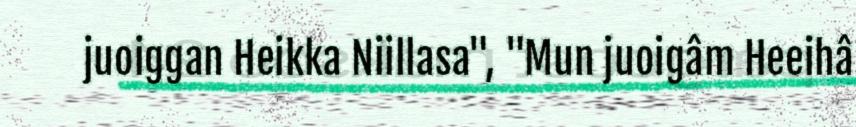
juoiggan Heikka Niillasa", "Mun juoigâm Heeihâ